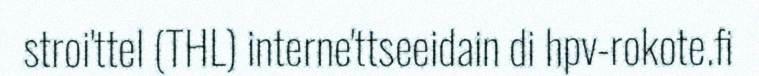
stroi'ttel (THL) interne'ttseeidain di hpv-rokote.fi